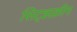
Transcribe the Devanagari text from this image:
सिट्झक्रीग